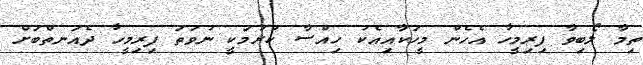
ތިމާ ލޯބިވާ ފިރިމީހާ އެހެން މީހަކާއިއެކު ހިއްސާ ކުރުމަކީ ނުވަތަ ފިރިމީހާ ދެއަނތްބަށް